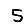
Digit: 5